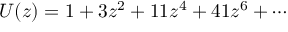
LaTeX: U ( z ) = 1 + 3 z ^ { 2 } + 1 1 z ^ { 4 } + 4 1 z ^ { 6 } + \cdots